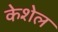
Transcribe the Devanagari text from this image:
केशेल